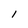
Character: l